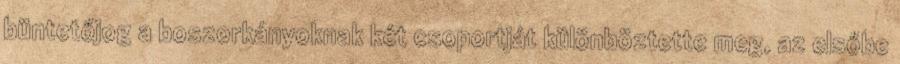
büntetőjog a boszorkányoknak két csoportját különböztette meg, az elsőbe